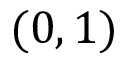
( 0 , 1 )